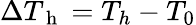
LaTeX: \Delta T_{\mathrm{~h~}}=T_{h}-T_{0}